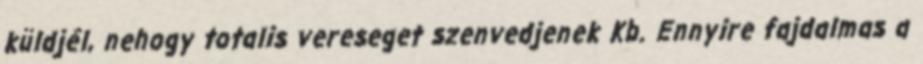
küldjél, nehogy totalis vereseget szenvedjenek Kb. Ennyire fajdalmas a